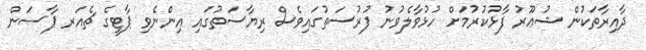
ދާއިރާތަކުން ޝުޢޫރު ފާޅުކުރުމަށް ހުޅުވާލެވުނު ފުރުސަތުގައިވެސް ރިޔާސަތުގައި އިންނެވި ޕާޓީގެ ޗެއަރ ޕާސަން